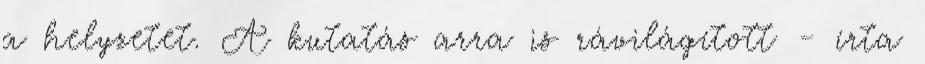
a helyzetet. A kutatás arra is rávilágított - írta